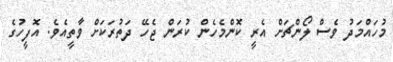
މުހައްމަދު ވެސް ލޯންޗަށް އެރީ ކޮންމެހެން ކުރަން ޖެހޭ ދަތުރަކަށް ވާތީއެވެ. އޮފީހުގެ